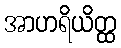
အာဟရိယိတ္ထ